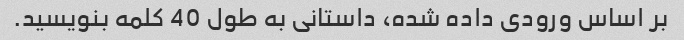
بر اساس ورودی داده شده، داستانی به طول 40 کلمه بنویسید.